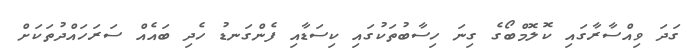
ގަދަ ވިއްސާރާގައި ކޮލޮމްބޯގެ ގިނަ ހިސާބުތަކުގައި ކިސަޑާއި ފެންގަނޑު ހެދި ބައެއް ސަރަހައްދުތަކަށް